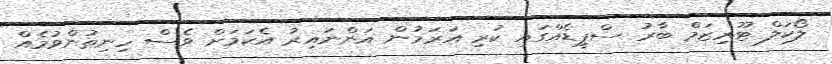
ލޯކަލް ޓޫރިޒަމް ބާރު ސްޕީޑެއްގައި ކުރި އަރަމުން އަންނައިރު އެކަމަށް ވެސް ހިނިތުންވުމެއް